Black-water fever - Number 35
Disease focus: Fever
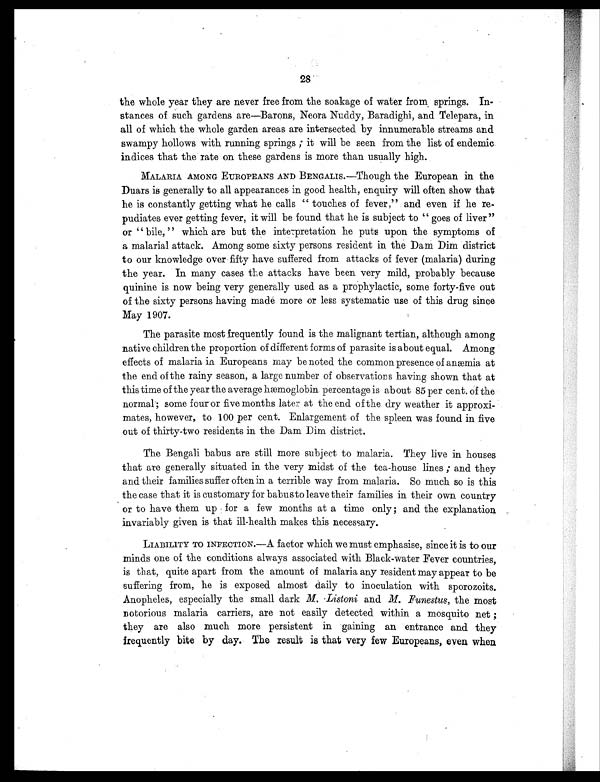
28
the whole year they are never free from the soakage of water from springs. In
-stances of such gardens are—Barons, Neora Nuddy, Baradighi, and Telepara, in
all of which the whole garden areas are intersected by innumerable streams and
swampy hollows with running springs ; it will be seen from the list of endemic
indices that the rate on these gardens is more than usually high.
MALARIA AMONG EUROPEANS AND BENGALIS.—Though the European in the
Duars is generally to all appearances in good health, enquiry will often show that
he is constantly getting what he calls " touches of fever," and even if he re
- p u d i a t e s e v e r g e t t i n g f e v e r , i t w i l l b e f o u n d t h a t h e i s s u b j e c t t o " g o e s o f l i v e r "
or " bile, " which are but the interpretation he puts upon the symptoms of
a malarial attack. Among some sixty persons resident in the Dam Dim district
to our knowledge over fifty have suffered from attacks of fever (malaria) during
the year. In many cases the attacks have been very mild, probably because
quinine is now being very generally used as a prophylactic, some forty-five out
of the sixty persons having made more or less systematic use of this drug since
May 1907.
The parasite most frequently found is the malignant tertian, although among
native children the proportion of different forms of parasite is about equal. Among
effects of malaria in Europeans may be noted the common presence of anæmia at
the end of the rainy season, a large number of observations having shown that at
this time of the year the average hæmoglobin percentage is ab out 85 per cent. of the
normal; some four or five months later at the end of the dry weather it approxi
- m a t e s , h o w e v e r , t o 1 0 0 p e r c e n t . E n l a r g e m e n t o f t h e s p l e e n w a s f o u n d i n f i v e
out of thirty-two residents in the Dam Dim district.
The Bengali babus are still more subject to malaria. They live in houses
that are generally situated in the very midst of the tea-house lines ; and they
and their families suffer often in a terrible way from malaria. So much so is this
the case that it is customary for babusto leave their families in their own country
or to have them up for a few months at a time only; and the explanation
invariably given is that ill-health makes this necessary.
LIABILITY TO INFECTION.—A factor which we must emphasise, since it is to Our
minds one of the conditions always associated with Black-water Fever countries,
is that, quite apart from the amount of malaria any resident may appear to be
suffering from, he is exposed almost daily to inoculation with sporozoits.
Anopheles, especially the small dark M. Listoni and M. Funestus, the most
notorious malaria carriers, are not easily detected within a mosquito net;
they are also much more persistent in gaining an entrance and they
frequently bite by day. The result is that very few Europeans, even when